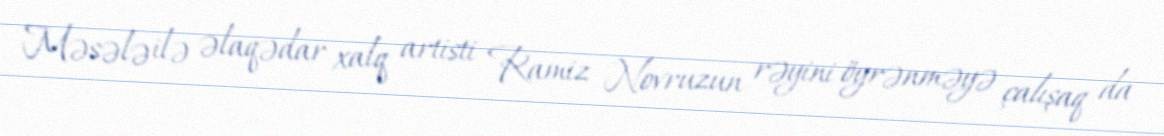
Məsələ ilə əlaqədar xalq artisti Ramiz Novruzun rəyini öyrənməyə çalışaq da